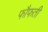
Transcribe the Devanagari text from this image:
फौफती